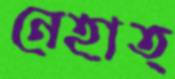
নেহাত্